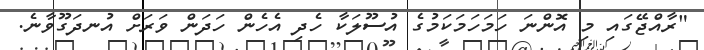
"ރާއްޖޭގައި މި އޮންނަ ހަމަހަމަކަމުގެ އުސޫލަކާ ހެދި އެހެން ހަދަން ވަރަށް އުނދަގޫވާނެ.